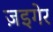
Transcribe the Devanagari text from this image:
ज़इगेर